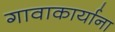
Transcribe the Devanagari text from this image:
गावाकार्याना